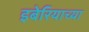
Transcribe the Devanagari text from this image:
इबेरियाच्या